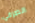
انصرفي